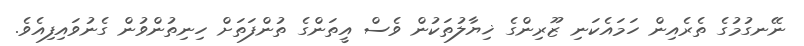
ނޭނގުމުގެ ތެރެއިން ހަމައެކަނި ޒޫރިންގެ ޚިޔާލުތަކުން ވެސް އީތަންގެ ތުންފަތަށް ހިނިތުންވުން ގެނުވައިފިއެވެ.